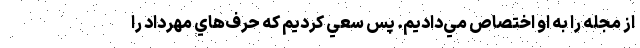
از مجله را به او اختصاص مي‌داديم. پس سعي كرديم كه حرف‌هاي مهرداد را